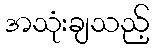
အသုံးချသည့်